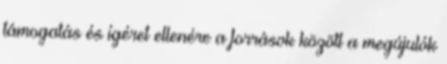
támogatás és ígéret ellenére a források között a megújulók